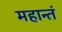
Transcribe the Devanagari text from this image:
महान्तं